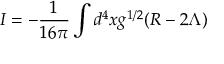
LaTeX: I = - { \frac { 1 } { 1 6 \pi } } \int d ^ { 4 } x g ^ { 1 / 2 } ( R - 2 \Lambda )